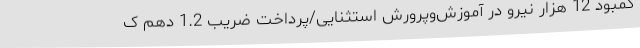
کمبود 12 هزار نیرو در آموزش‌وپرورش استثنایی/پرداخت ضریب 1.2 دهم ک